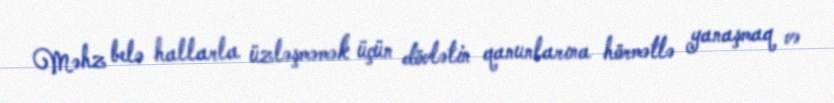
Məhz belə hallarla üzləşməmək üçün dövlətin qanunlarına hörmətlə yanaşmaq və